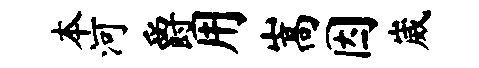
本河爵用嵩因崴